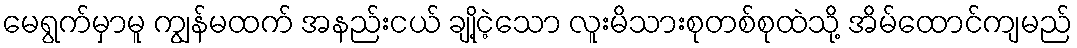
မေရွက်မှာမူ ကျွန်မထက် အနည်းငယ် ချို့ငဲ့သော လူးမိသားစုတစ်စုထဲသို့ အိမ်ထောင်ကျမည်